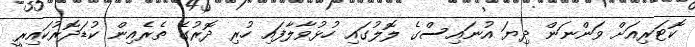
ކޮޓަރިއަށް ވަންނަން ދިޔަ އުނައިސްގެ ލޮލުގައި ހުޅުވާލާފައި ހުރި ދޮރުގެ ތެރެއިން ކުޑަދޮރުކައިރީ